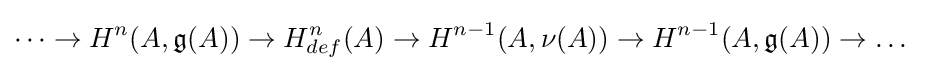
\dots \to H^{n}(A,{\mathfrak {g}}(A))\to H_{def}^{n}(A)\to H^{n-1}(A,\nu (A))\to H^{n-1}(A,{\mathfrak {g}}(A))\to \dots